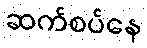
ဆက်စပ်နေ